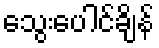
သွေးပေါင်ချိန်